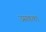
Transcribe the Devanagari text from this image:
उसकका